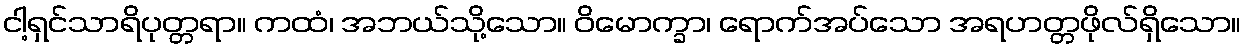
ငါ့ရှင်သာရိပုတ္တရာ။ ကထံ၊ အဘယ်သို့သော။ ဝိမောက္ခာ၊ ရောက်အပ်သော အရဟတ္တဖိုလ်ရှိသော။